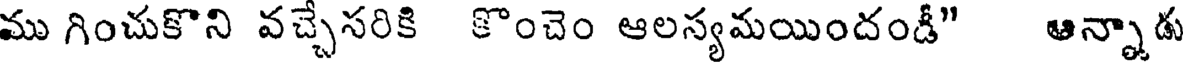
ము గించుకొని వచ్చేసరికి కొంచెం ఆలస్యమయిందండీ" ఆన్నాడు